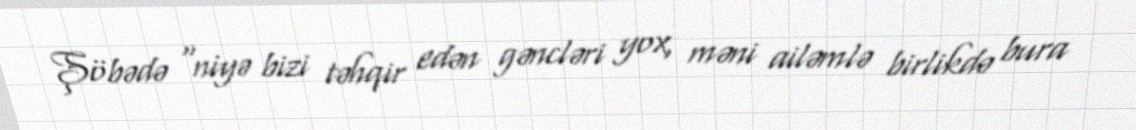
Şöbədə “niyə bizi təhqir edən gəncləri yox, məni ailəmlə birlikdə bura